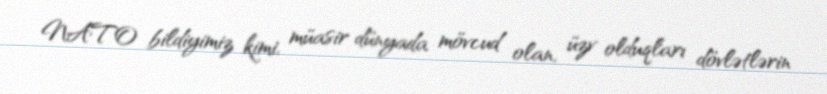
NATO bildiyimiz kimi, müasir dünyada mövcud olan, üzv olduqları dövlətlərin